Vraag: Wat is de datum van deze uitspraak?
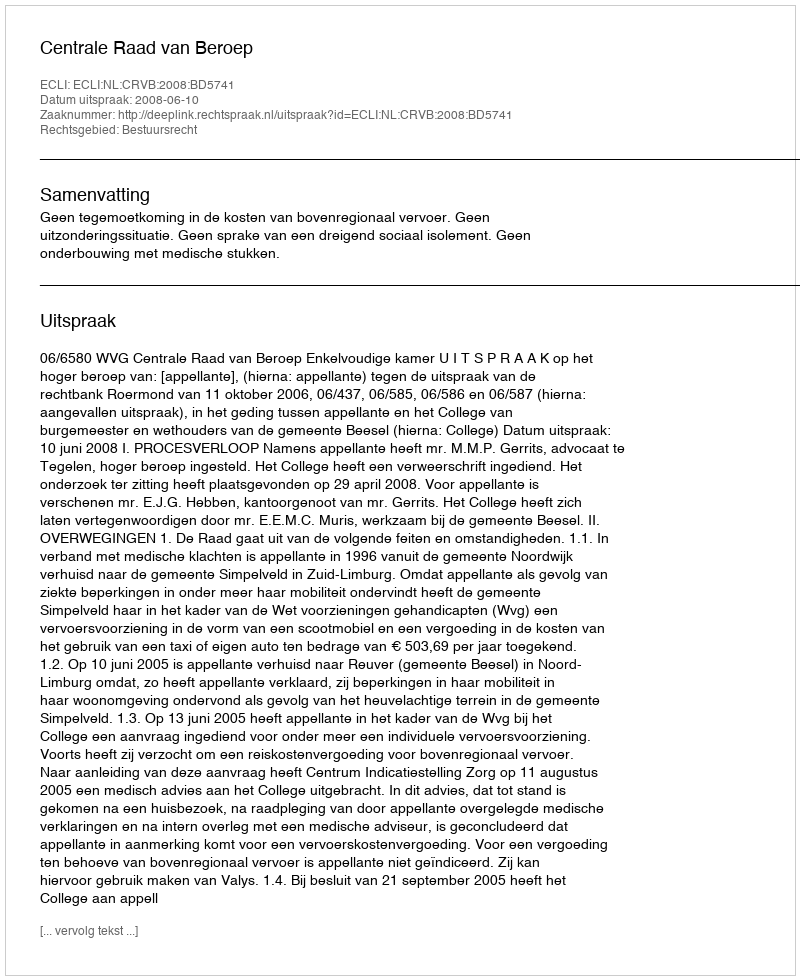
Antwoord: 2008-06-10